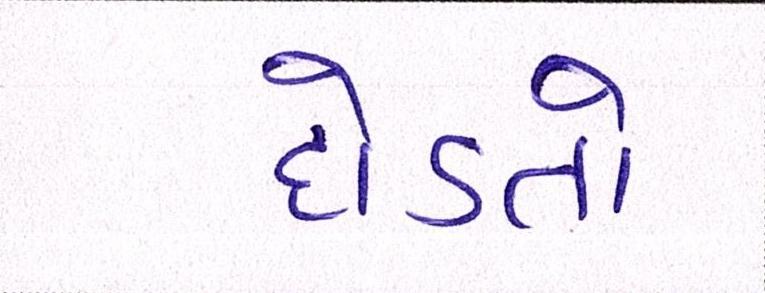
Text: દોડતો